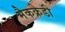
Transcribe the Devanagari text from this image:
मैकक्रेडी